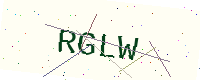
Text: RGLW